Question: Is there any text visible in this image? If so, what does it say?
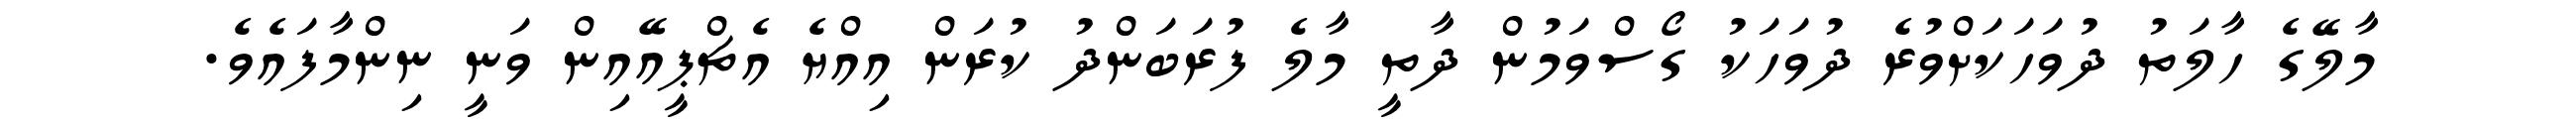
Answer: މާލޭގެ ހާލަތު ދުވަހަކަށްވުރެ ދުވަހަކު ގޯސްވަމުން ދާތީ މާލެ ފުރަބަންދު ކުރަން އިއްޔެ އެޗްޕީއޭއިން ވަނީ ނިންމާފައެވެ.